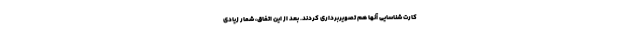
کارت شناسایی آنها هم تصویربرداری کردند. بعد از این اتفاق، شمار زیادی